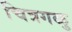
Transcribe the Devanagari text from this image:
चित्रगळु